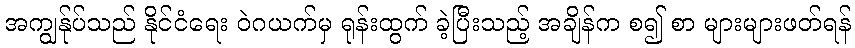
အကျွန်ုပ်သည် နိုင်ငံရေး ဝဲဂယက်မှ ရုန်းထွက် ခဲ့ပြီးသည့် အချိန်က စ၍ စာ များများဖတ်ရန်